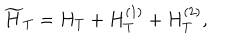
\widetilde H _ { T } = H _ { T } + H _ { T } ^ { ( 1 ) } + H _ { T } ^ { ( 2 ) } ,